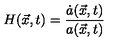
H ( \vec { x } , t ) = \frac { \dot { a } ( \vec { x } , t ) } { a ( \vec { x } , t ) }